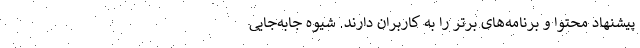
پیشنهاد محتوا و برنامه‌های برتر را به کاربران دارند. شیوه جابه‌جایی